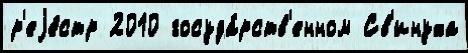
р'еjе́стр 2010 госуда́рств'енном Св'инуха